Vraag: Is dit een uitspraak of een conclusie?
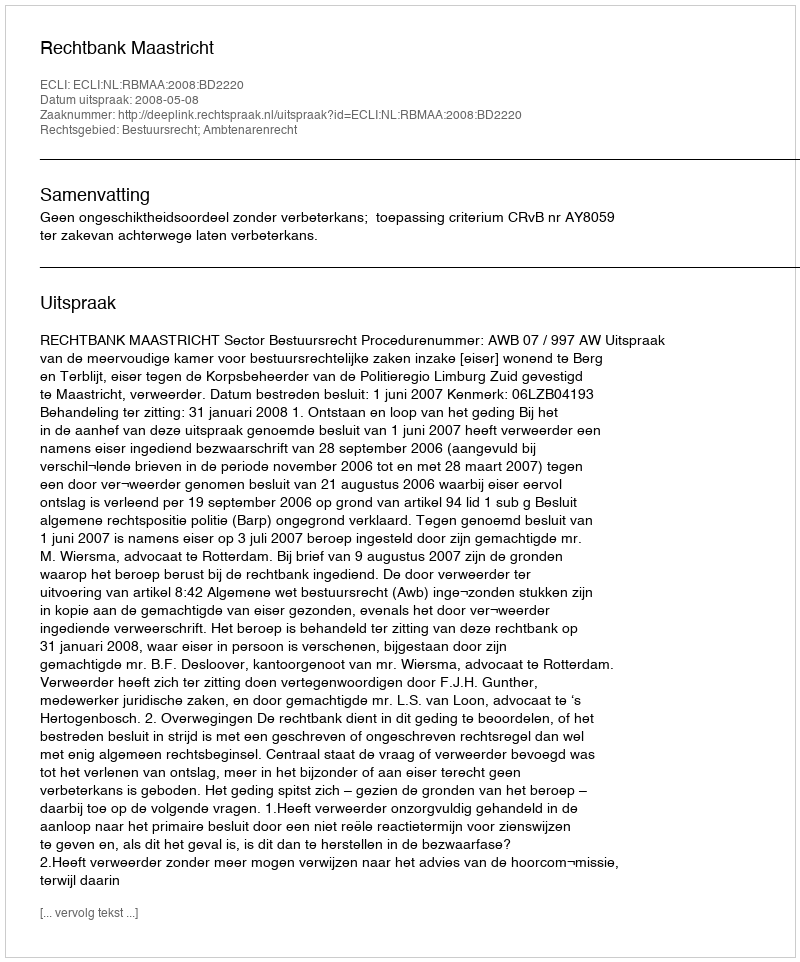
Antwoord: Uitspraak